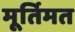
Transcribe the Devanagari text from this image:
मूर्तिमत